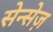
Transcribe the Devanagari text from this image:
सेन्सेज़